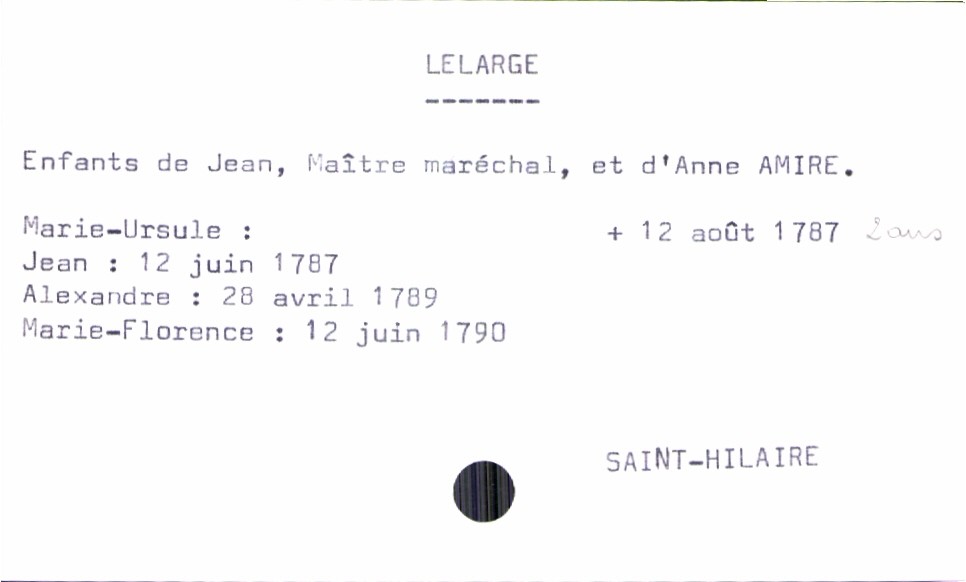
type_acte: Baptême
observations: Marie-Ursule : 2 ans à sa mort
filiation: fille
enfant_prénom: Marie-Florence
enfant_date_de_naissance: 12 juin 1790
enfant_lieu_de_naissance: Saint-Hilaire
enfant_date_de_décès: 12 août 1787
enfant_lieu_de_décès: Saint-Hilaire
père_enfant_nom: Lelarge
père_enfant_prénom: Jean
père_enfant_profession: maître maréchal
mère_enfant_nom: Amire
mère_enfant_prénom: Anne